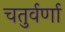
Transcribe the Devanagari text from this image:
चतुर्वर्णा